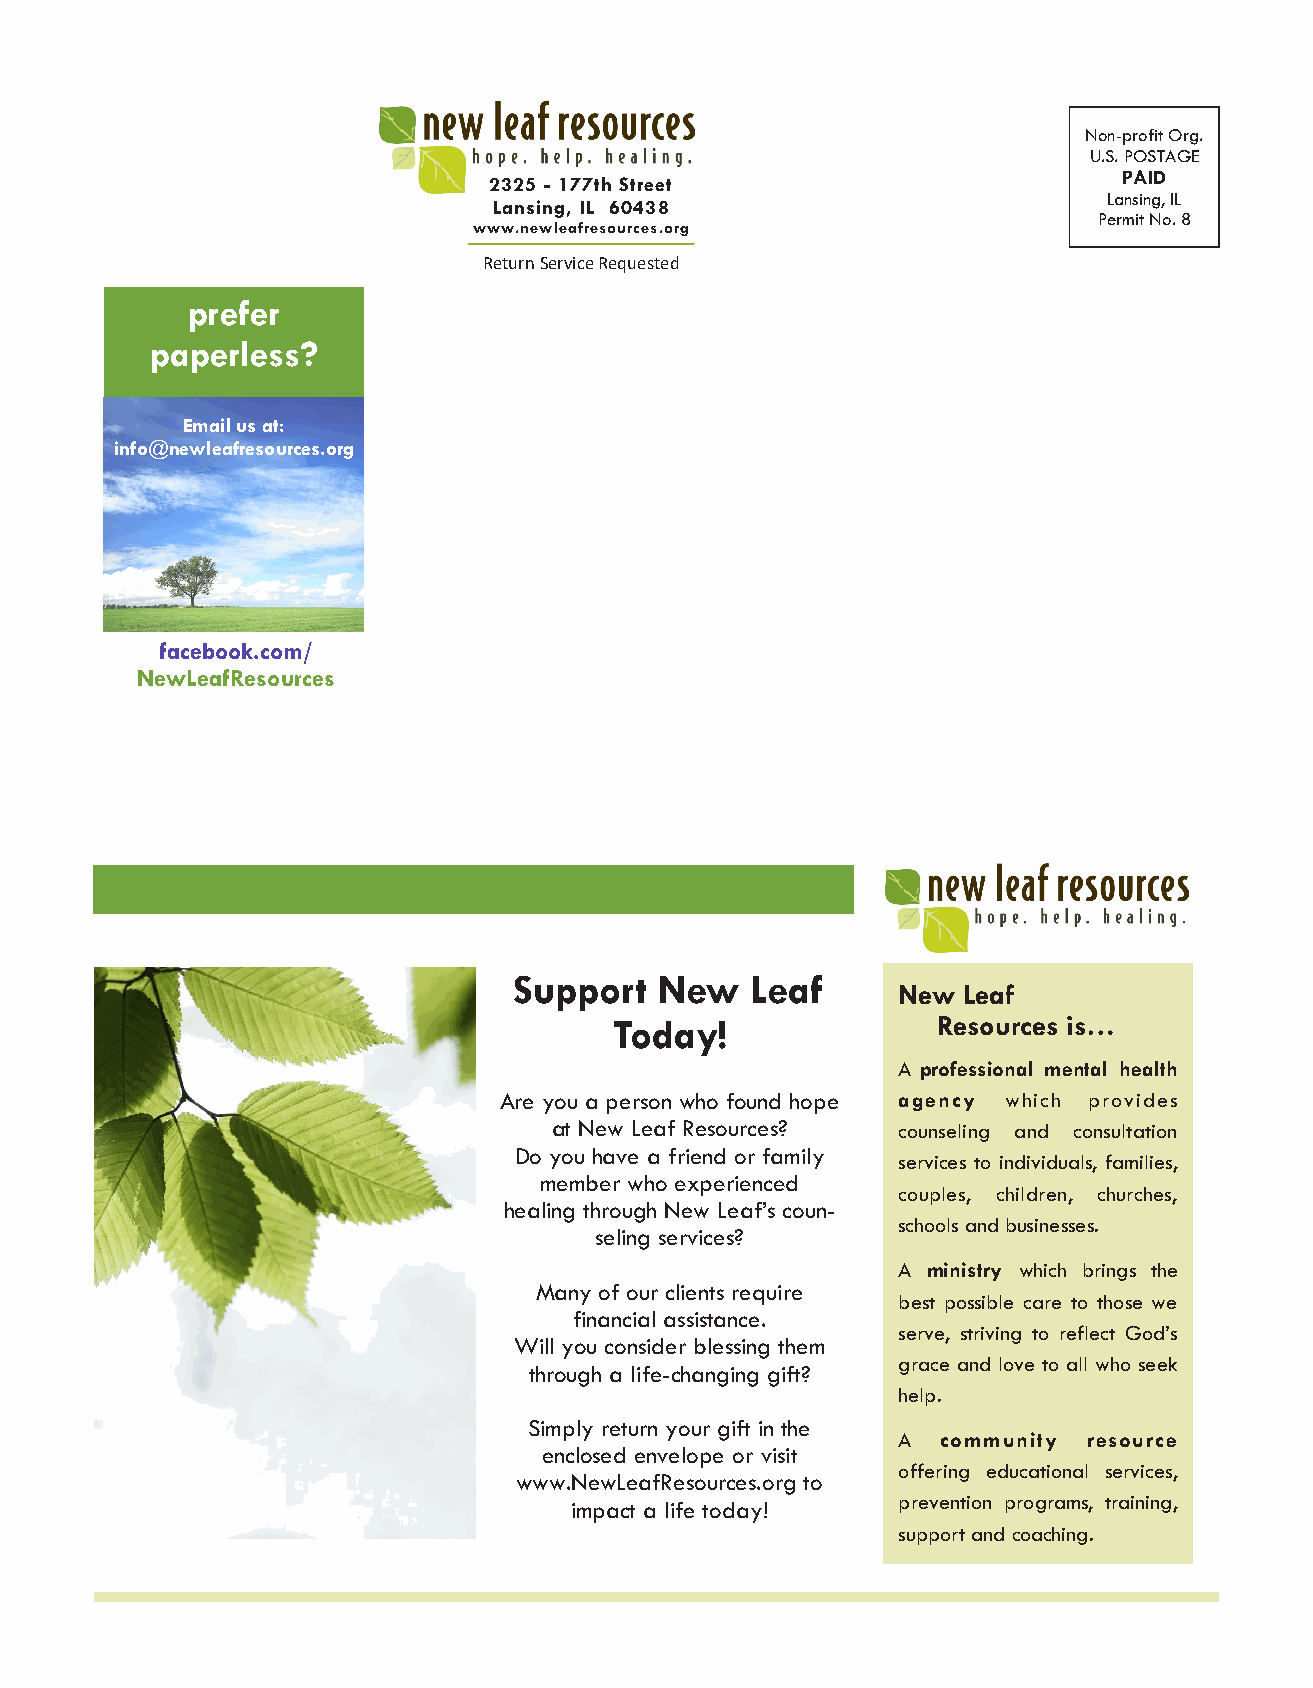
Non-profit Org.
 U.S. POSTAGE
 PAID
 2325 - 177th Street
 Lansing, IL
 Lansing, IL 60438
 Permit No. 8
 www.newleafresources.org
 Return Service Requested
 prefer
 paperless?
 Email us at:
 info@newleafresources.org
 facebook.com/
 NewLeafResources
 Page 4                                   Spring 2018
 Support   New   Leaf
 New  Leaf
 Today!               Resources is…
 A professional mental health
 Are you a person who found hope agency which provides
 at New Leaf Resources? counseling and consultation
 Do you have a friend or family
 services to individuals, families,
 member who experienced
 couples, children, churches,
 healing through New Leaf’s coun-
 schools and businesses.
 seling services?
 A ministry which brings the
 Many of our clients require
 best possible care to those we
 financial assistance.
 serve, striving to reflect God’s
 Will you consider blessing them
 grace and love to all who seek
 through a life-changing gift?
 help.
 Simply return your gift in the
 A  community resource
 enclosed envelope or visit
 offering educational services,
 www.NewLeafResources.org to
 impact a life today! prevention programs, training,
 support and coaching.